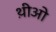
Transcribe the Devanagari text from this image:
थ़ीओ